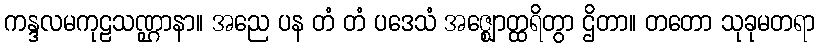
ကန္ဒလမကုဠသဏ္ဌာနာ။ အညေ ပန တံ တံ ပဒေသံ အဇ္ဈောတ္ထရိတွာ ဌိတာ။ တတော သုခုမတရာ